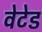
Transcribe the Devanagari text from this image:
वेटेड